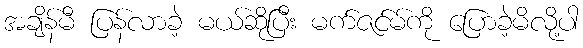
အချိန်မီ ပြန်လာခဲ့ မယ်ဆိုပြီး မက်ဇင်မ်ကို ပြောခဲ့မိလို့ပါ